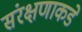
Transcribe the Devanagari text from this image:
संरक्षणाकडे